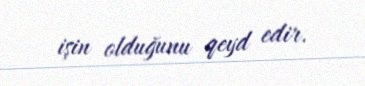
işin olduğunu qeyd edir.